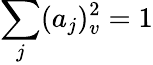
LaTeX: \sum_{j}(a_{j})_{v}^{2}=1